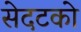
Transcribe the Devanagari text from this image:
सेदटको